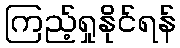
ကြည့်ရှုနိုင်ရန်